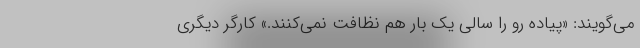
می‌گویند: «پیاده رو را سالی یک بار هم نظافت نمی‌کنند.» کارگر دیگری